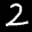
Label: 2